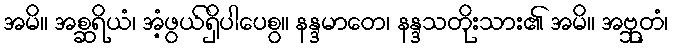
အမိ။ အစ္ဆရိယံ၊ အံ့ဖွယ်ရှိပါပေစွ။ နန္ဒမာတေ၊ နန္ဒသတိုးသား၏ အမိ။ အဗ္ဘုတံ၊